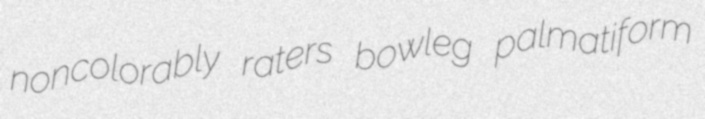
noncolorably raters bowleg palmatiform